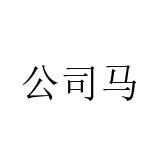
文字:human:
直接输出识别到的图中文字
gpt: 公司马